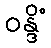
ဝန္ဒိံ